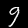
Digit: 9